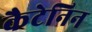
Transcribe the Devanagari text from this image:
कैटेनिन